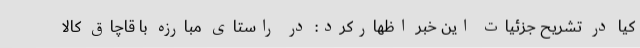
کیا در تشریح جزئیات این خبر اظهارکرد: در راستای مبارزه با قاچاق کالا